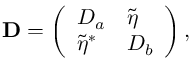
{ \mathbf { D } } = \left( \begin{array} { l l } { D _ { a } } & { \tilde { \eta } } \\ { \tilde { \eta } ^ { * } } & { D _ { b } } \end{array} \right) ,